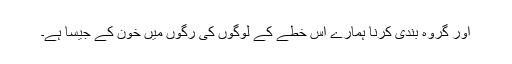
اور گروہ بندی کرنا ہمارے اس خطے کے لوگوں کی رگوں میں خون کے جیسا ہے۔